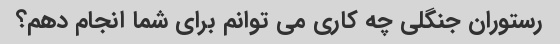
رستوران جنگلی چه کاری می توانم برای شما انجام دهم؟